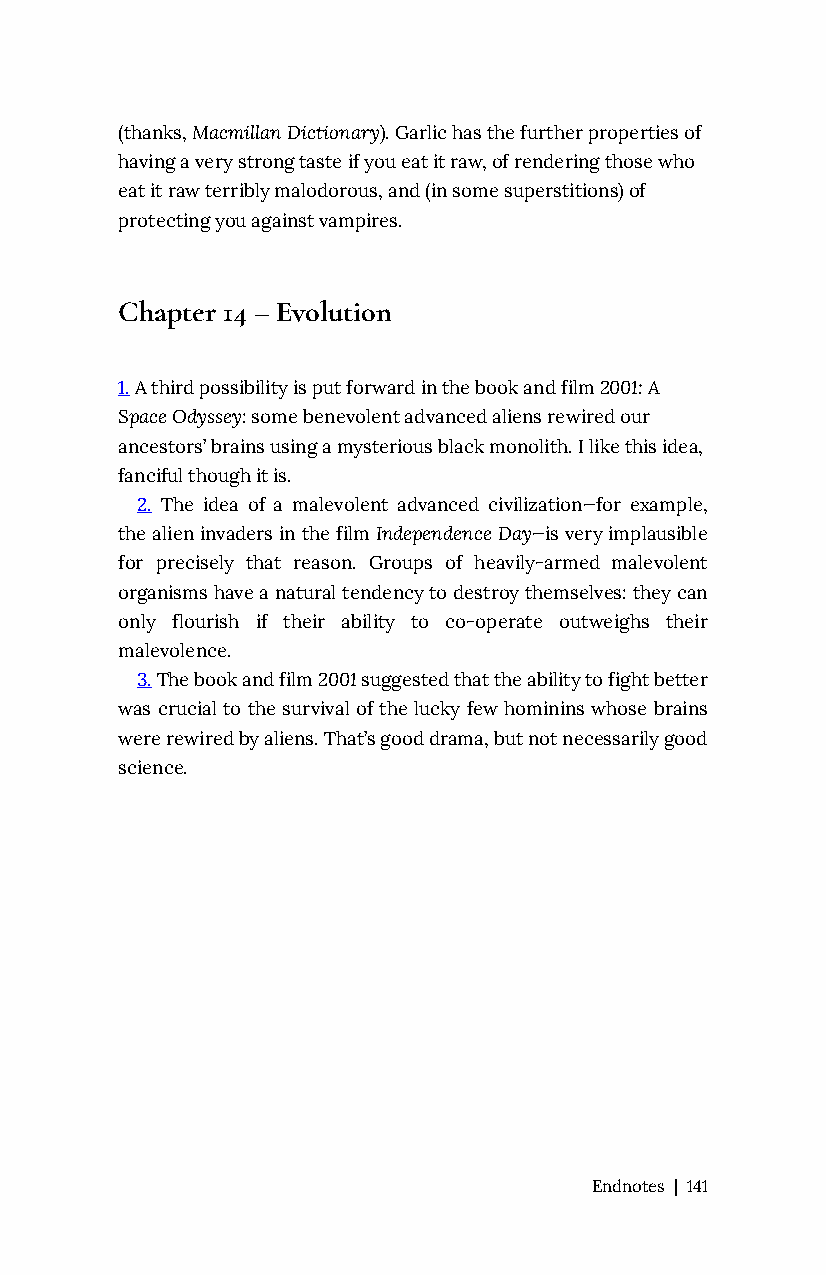
(thanks, Macmillan Dictionary). Garlic has the further properties of
 having a very strong taste if you eat it raw, of rendering those who
 eat it raw terribly malodorous, and (in some superstitions) of
 protecting you against vampires.
 Chapter 14 – Evolution
 1. A third possibility is put forward in the book and film 2001: A
 Space Odyssey: some benevolent advanced aliens rewired our
 ancestors’ brains using a mysterious black monolith. I like this idea,
 fanciful though it is.
 2. The idea of a malevolent advanced civilization—for example,
 the alien invaders in the film Independence Day—is very implausible
 for precisely that reason. Groups of heavily-armed malevolent
 organisms have a natural tendency to destroy themselves: they can
 only flourish if their ability to co-operate outweighs their
 malevolence.
 3. The book and film 2001 suggested that the ability to fight better
 was crucial to the survival of the lucky few hominins whose brains
 were rewired by aliens. That’s good drama, but not necessarily good
 science.
 Endnotes | 141